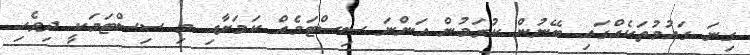
ގިނަ ގައުމުތަކެއްގައި ބޭނުން ކުރަމުން އަންނަ ސިސްޓަމެއް ކަމަށާއި މި ސިސްޓަމަކީ ދިވެހި